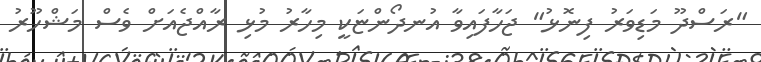
"ރަސްދޫ މަޑިވަރު ފިނޮޅު" ޖަހާފައިވާ އުނދޯންޏަކީ މިހާރު މުޅި ރާއްޖެއަށް ވެސް މަޝްހޫރު